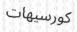
كورسيھات